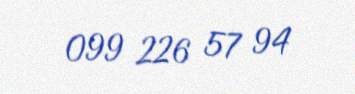
099 226 57 94